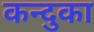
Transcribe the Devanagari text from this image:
कन्दुका